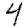
Digit: 4